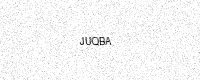
Text: JUQBA